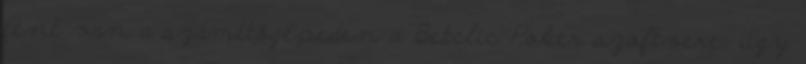
fent van a számítógépeden a Betclic Poker szoftvere, úgy